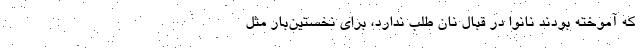
كه آموخته بودند نانوا در قبال نان طلب ندارد، براي نخستين‌بار مثل